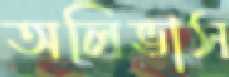
অলিভাস